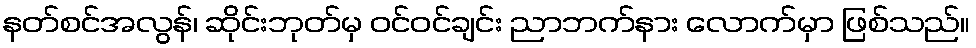
နတ်စင်အလွန်၊ ဆိုင်းဘုတ်မှ ဝင်ဝင်ချင်း ညာဘက်နား လောက်မှာ ဖြစ်သည်။